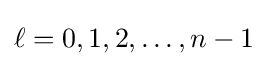
\ell =0,1,2,\dots ,n-1